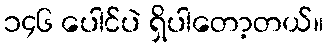
၁၄၆ ပေါင်ပဲ ရှိပါတော့တယ်။